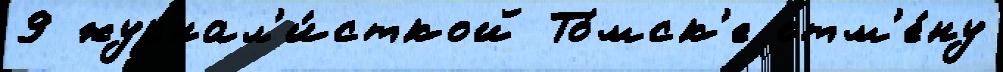
9 журнал'и́сткой То́мск'е отм'е́ну